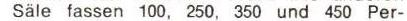
Säle fassen 200, 250, 350 und 450 Per-